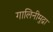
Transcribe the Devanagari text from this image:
गालिनीमुद्रा